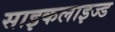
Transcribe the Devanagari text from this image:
साइकलाइज्ड